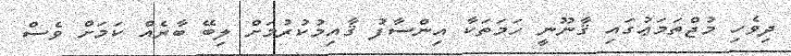
ދިވެހި މުޖްތަމަޢުގައި ޤާނޫނީ ހަމަތަކާ އިންސާފު ޤާއިމުކުރުމަށް ލިބޭ ބާރެއް ކަމަށް ވެސް